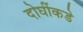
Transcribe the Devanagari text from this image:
दोघींकडे